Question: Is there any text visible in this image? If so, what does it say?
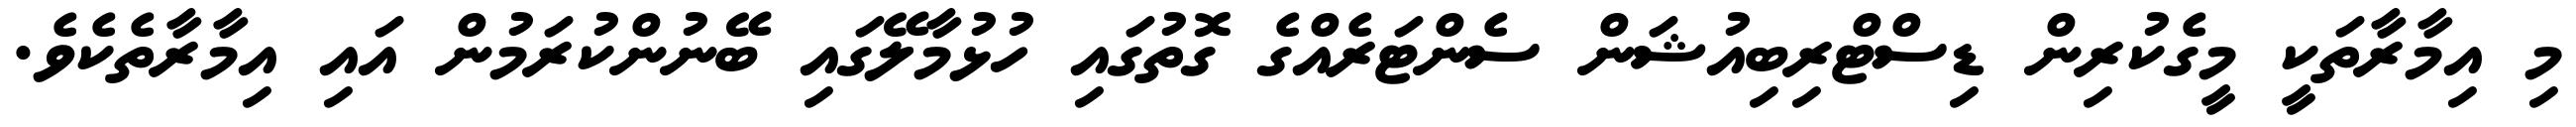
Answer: މި އިމާރާތަކީ މީގެކުރިން ޑިސްޓްރިބިއުޝަން ސެންޓަރެއްގެ ގޮތުގައި ހުޅުމާލޭގައި ބޭނުންކުރަމުން އައި އިމާރާތެކެވެ.